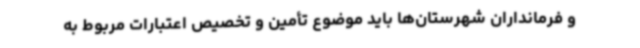
و فرمانداران شهرستان‌ها باید موضوع تأمین و تخصیص اعتبارات مربوط به